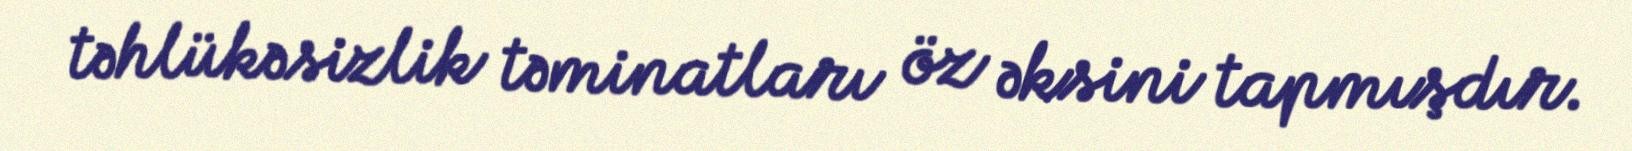
təhlükəsizlik təminatları öz əksini tapmışdır.